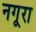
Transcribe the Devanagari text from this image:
नगूरा